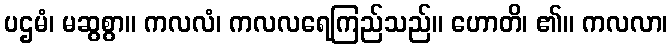
ပဌမံ၊ မဆွစွာ။ ကလလံ၊ ကလလရေကြည်သည်။ ဟောတိ၊ ၏။ ကလလာ၊